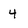
Character: 4